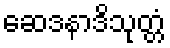
ဆေဒနာဒိသုတ္တံ